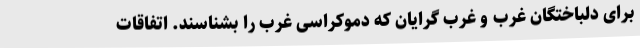
برای دلباختگان غرب و غرب گرایان که دموکراسی غرب را بشناسند. اتفاقات